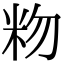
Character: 粅